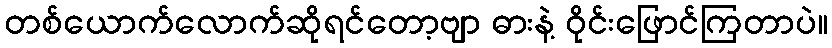
တစ်ယောက်လောက်ဆိုရင်တော့ဗျာ ဓားနဲ့ ဝိုင်းဖြောင်ကြတာပဲ။